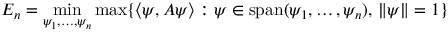
E _ { n } = \operatorname* { m i n } _ { \psi _ { 1 } , \ldots , \psi _ { n } } \operatorname* { m a x } \{ \langle \psi , A \psi \rangle : \psi \in \operatorname { s p a n } ( \psi _ { 1 } , \ldots , \psi _ { n } ) , \, \| \psi \| = 1 \}